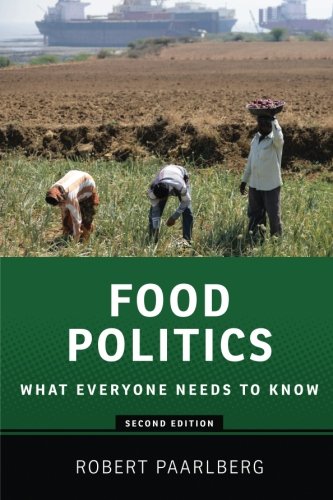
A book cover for Food Politics: What Everyone Needs to KnowÂ®; Robert Paarlberg; Science & Math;